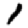
Digit: 1